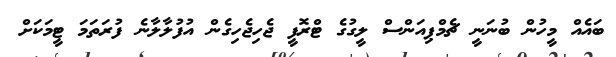
ބައެއް މީހުން ބުނަނީ ޗެމްޕިއަންސް ލީގުގެ ޓްރޮފީ ޖެހިޖެހިގެން އުފުލާލާނެ ފުރަތަމަ ޓީމަކަށް